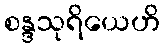
စန္ဒသုရိယေဟိ